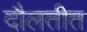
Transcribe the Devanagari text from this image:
दौलतीत